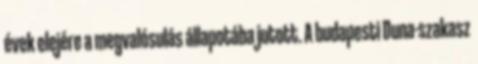
évek elejére a megvalósulás állapotába jutott. A budapesti Duna-szakasz